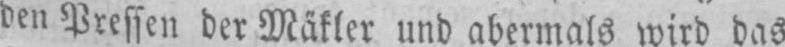
den Pressen der Mäkler und abermals wird das